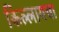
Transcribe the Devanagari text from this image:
किल्लायचा